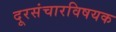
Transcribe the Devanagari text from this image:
दूरसंचारविषयक